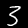
Digit: 3